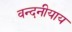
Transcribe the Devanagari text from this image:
वन्दनीयाय